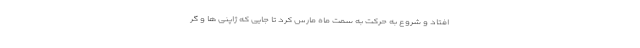
افتاد و شروع به حرکت به سمت ماه مارس کرد تا جایی که ژاپنی ها و گر